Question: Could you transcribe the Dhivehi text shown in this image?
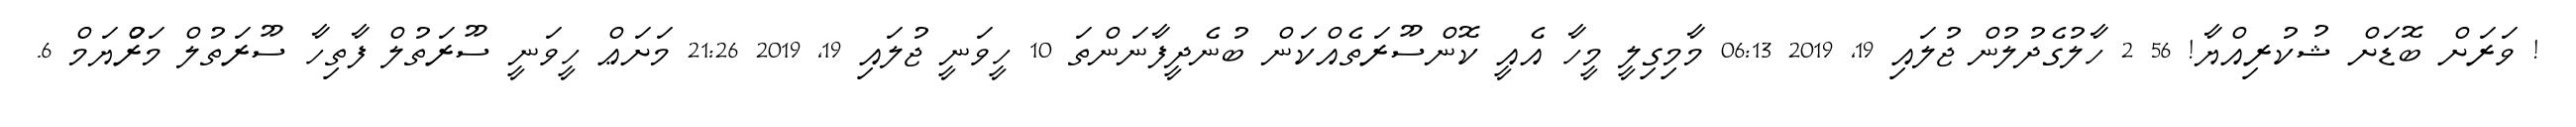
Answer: ! ވަރަށް ބޮޑަށް ޝުކުރިއްޔާ! 56 2 ހާލުގެދުލުން ޖުލައި 19, 2019 06:13 މާމިގިލީ މީހާ އެއީ ކޮންސޫރަތެއްކަން ބުނެދީފާނަންތަ 10 ހީވަނީ ޖުލައި 19, 2019 21:26 މަށަޢް ހީވަނީ ސޫރަތުލް ފާތިހާ ސޫރަތުލް މަރްުޔަމް 6.